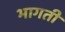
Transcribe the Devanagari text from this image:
भागतीं